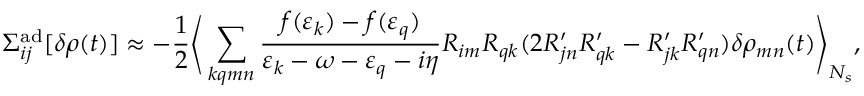
\Sigma _ { i j } ^ { \mathrm { a d } } [ \delta \rho ( t ) ] \approx - \frac { 1 } { 2 } \Bigg \langle \sum _ { k q m n } \frac { f ( \varepsilon _ { k } ) - f ( \varepsilon _ { q } ) } { \varepsilon _ { k } - \omega - \varepsilon _ { q } - i \eta } R _ { i m } R _ { q k } ( 2 R _ { j n } ^ { \prime } R _ { q k } ^ { \prime } - R _ { j k } ^ { \prime } R _ { q n } ^ { \prime } ) \delta \rho _ { m n } ( t ) \Bigg \rangle _ { N _ { s } } ,